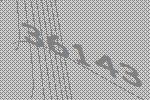
36143